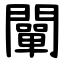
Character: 闡